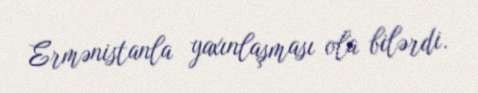
Ermənistanla yaxınlaşması ola bilərdi.